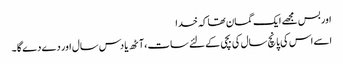
اور بس مجھے ایک گمان تھا کہ خدا
اسے اس کی پانچ سال کی بچی کے لئے سات ،آٹھ یا دس سال اور دے دے گا ۔